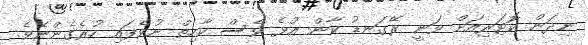
ނިދަން ކޮޓަރިއަށް ވަނީ ރޭގަނޑު ކާން އުޅެ ވެސް ކާހިތް ނުވެފައި ހުރެގެންނެވެ.